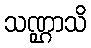
သဏ္ဌာသိ